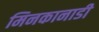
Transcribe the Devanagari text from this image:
मिनकानाडी